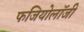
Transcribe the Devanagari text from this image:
फजियोलॉजी